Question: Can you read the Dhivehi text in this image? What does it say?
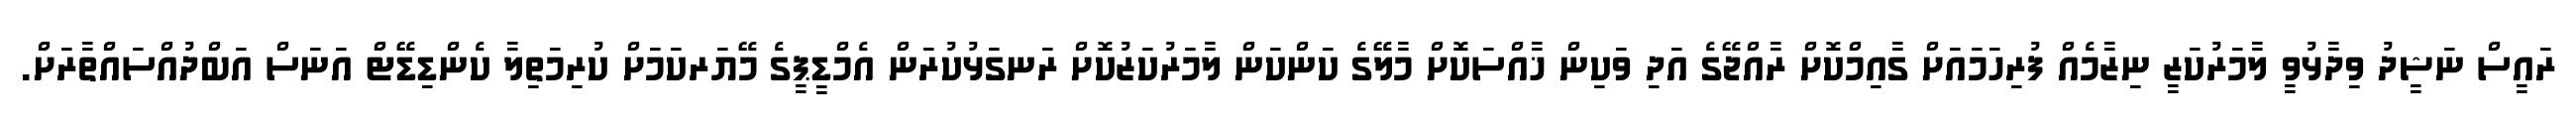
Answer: ރައީސް ނަޝީދު ވިދާޅުވީ ލާމަރުކަޒީ ނިޒާމެއް ފުރިހަމައަށް ގާއިމްކޮށް ރާއްޖޭގެ އަދި ވަކިން ޚާއްސަކޮށް މާލޭގެ ކަންކަން ލާމަރުކަޒުކޮށް ރަނގަޅުކުރަން އެމްޑީޕީގެ މޭޔަރކަމަށް ކުރިމަތިލާ ކެންޑިޑޭޓް އަނަސް އަބްދުއްސައްތާރަށް.